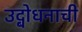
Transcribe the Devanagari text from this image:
उद्बोधनाची